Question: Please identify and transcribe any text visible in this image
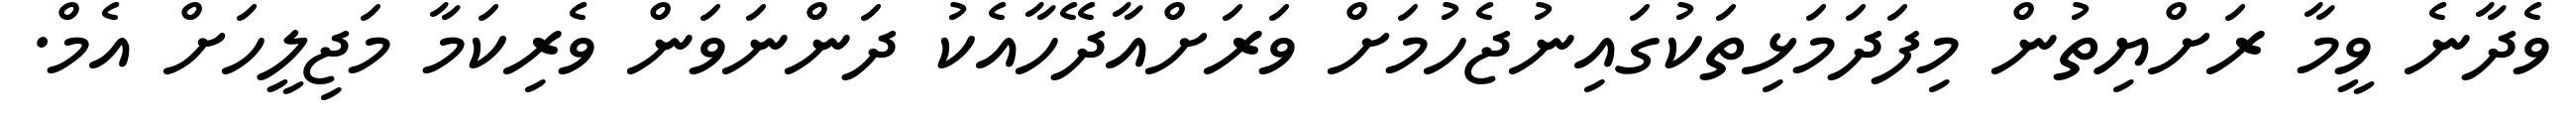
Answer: ވެދާނެ ވީމާ ރަށްޔިތުން މިފަދަމަޅިތަކުގައިނުޖެހުމަށް ވަރަށްއާދޭހާއެކު ދަންނަވަން ވެރިކަމާ މަޖިލީހަށް އެމް.